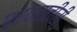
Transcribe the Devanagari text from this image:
प्रवरातीरी